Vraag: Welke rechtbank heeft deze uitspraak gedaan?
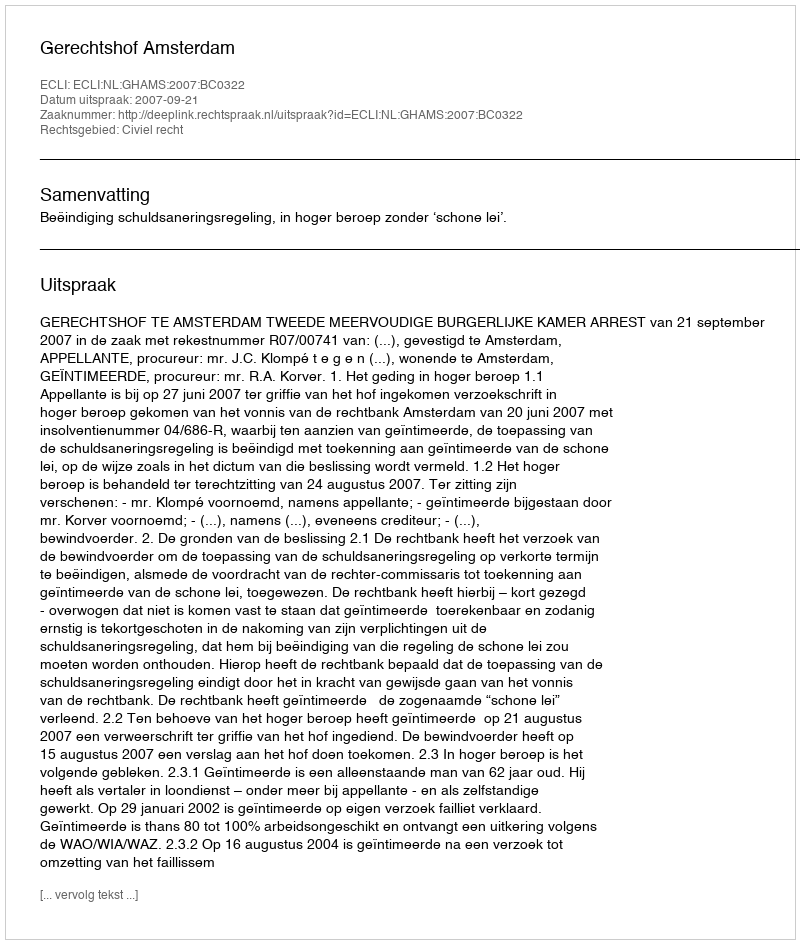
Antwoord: Gerechtshof Amsterdam